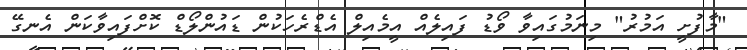
"މާފުށީ އަމުރު" މިނަމުގައިވާ ވޯޑު ފައިލެއް އީމެއިލް އެޑްރެހަކުން ޑައުންލޯޑް ކޮށްފައިވާކަން އެނގޭ